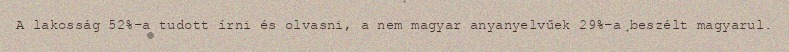
A lakosság 52%-a tudott írni és olvasni, a nem magyar anyanyelvűek 29%-a beszélt magyarul.